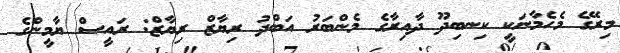
މިރޭގެ މެހެމާނަކީ ކިނބިދޫ ދާއިރާގެ މެންބަރު އަބްދު ރިޔާޒް ރިޔާޒް: ރައީސް ޔާމީންގެ